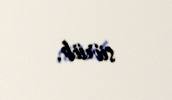
sürüb.